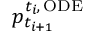
p _ { t _ { i + 1 } } ^ { { t _ { i } } , \, \mathrm { O D E } }